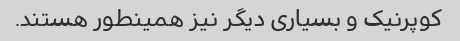
کوپرنیک و بسیاری دیگر نیز همینطور هستند.